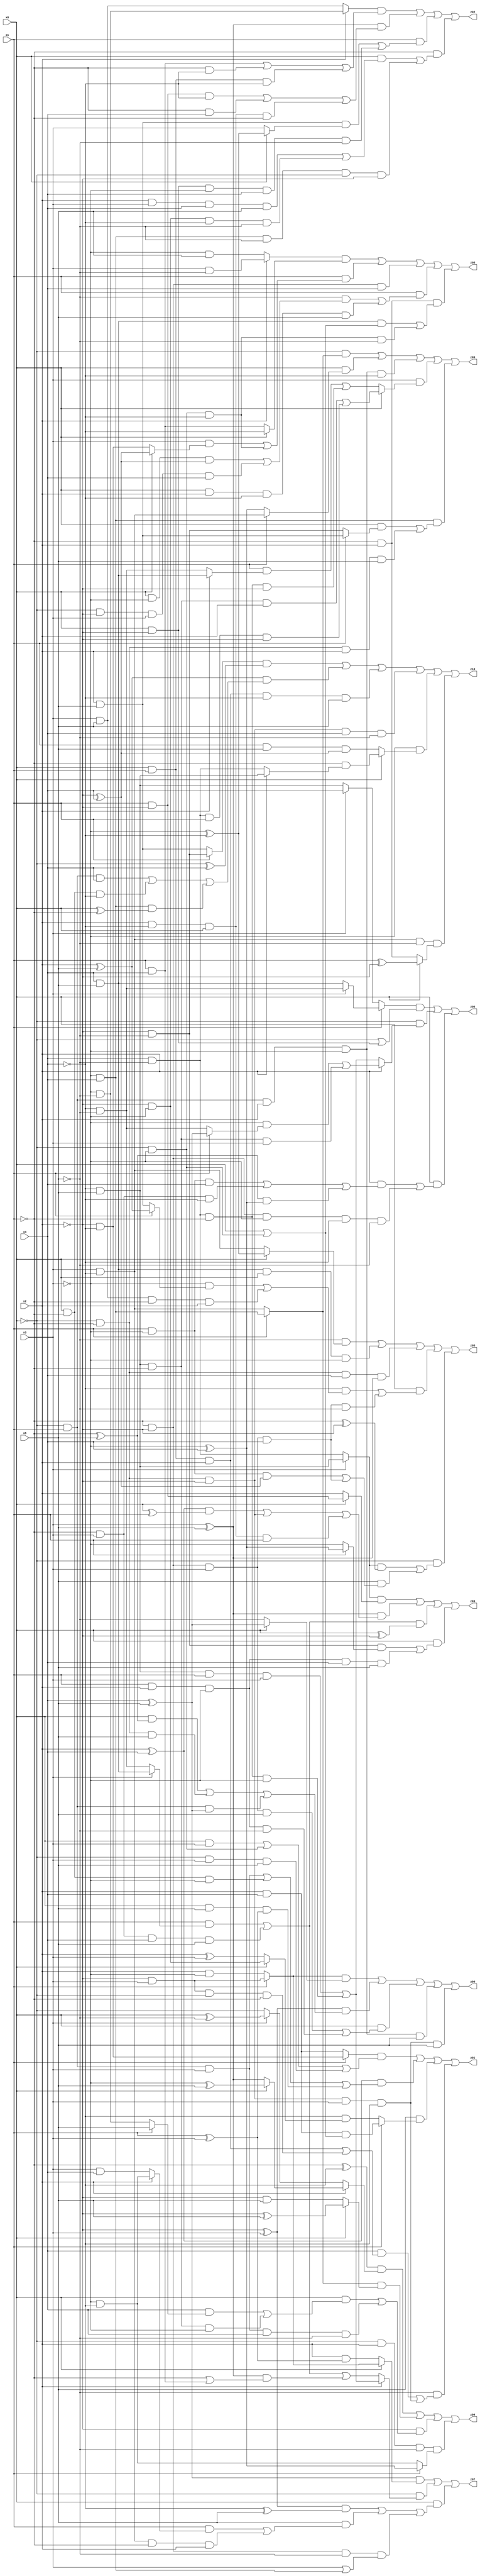
// Benchmark "X_19" written by ABC on Sat Jun 03 19:20:23 2023

module X_19 ( 
    x0, x1, x2, x3, x4, x5,
    z00, z01, z02, z03, z04, z05, z06, z07, z08, z09, z10  );
  input  x0, x1, x2, x3, x4, x5;
  output z00, z01, z02, z03, z04, z05, z06, z07, z08, z09, z10;
  assign z00 = ((x1 ? (~x2 & x3) : (x2 & ~x3)) & (x0 ? (x4 ^ x5) : ~x5)) | ((~x2 ^ x3) & ((x0 & (~x1 ^ x5)) | (~x0 & ~x1 & x5) | (~x0 & x1 & (x4 ^ x5)))) | (x0 & ((~x1 & ~x2 & x3 & x5) | (x1 & x2 & ~x3 & ~x5))) | (~x0 & x1 & x2 & ~x3 & x5) | (~x0 & ~x1 & ~x2 & x3 & ~x4 & x5);
  assign z01 = ((x1 ? (~x2 & ~x4) : (x2 & x4)) & ((x0 & x3) | (~x0 & ~x3) | (~x0 & x3 & x5))) | ((x2 ^ x4) & ((~x0 & x1 & x3) | (x0 & ~x1 & ~x3) | (x0 & x5 & (x1 ^ x3)))) | (x5 & (x1 ? (x2 & x4 & (x0 | (~x0 & ~x3))) : (~x4 & (x0 ? (~x2 & ~x3) : (x2 ^ x3))))) | (~x5 & ((x4 & ((x0 & x1 & x2) | (~x2 & x3 & ~x0 & ~x1))) | (~x0 & ~x1 & ~x2 & x3 & ~x4)));
  assign z02 = ((x2 ? (~x3 & ~x5) : (x3 & x5)) & ((x1 & x4) | (~x1 & ~x4) | (x0 & x1 & ~x4))) | ((x3 ^ x5) & ((x1 & ~x2 & ~x4) | (~x1 & x4) | (x2 & ~x4 & x0 & ~x1))) | (x1 & ((x2 & x5 & (x0 ? (~x3 ^ ~x4) : x3)) | (x0 & ~x2 & ~x3 & x4 & ~x5))) | (~x1 & ((x0 & ((x2 & x3 & x4 & x5) | (~x2 & ~x3 & ~x4 & ~x5))) | (~x3 & x4 & ~x5 & ~x0 & ~x2)));
  assign z03 = ((x3 ? (~x4 & x5) : (x4 & ~x5)) & (x0 ? (x1 & ~x2) : x2)) | ((x3 ^ x5) & (((x2 ^ x4) & (x0 ^ x1)) | (~x0 & ~x1 & ~x2) | (x2 & ~x4 & x0 & x1))) | (((x1 & (x3 ? (x4 & x5) : (~x4 & ~x5))) | (~x1 & x3 & x4 & x5)) & (x0 ^ ~x2)) | (x0 & ((~x2 & ~x5 & (x1 ? (~x3 ^ x4) : ~x3)) | (x1 & x2 & ~x3 & x4 & x5)));
  assign z04 = ((~x1 ^ ~x4) & (x2 ? (x0 ? (~x3 ^ x5) : (x3 ^ x5)) : (x3 ? (x0 ^ ~x5) : ~x0))) | ((x1 ? (~x3 & x4) : (x3 & ~x4)) & (x0 ? (~x2 ^ x5) : (~x2 & x5))) | (~x2 & ((x0 & ((x4 & (x1 ? x5 : (~x3 & ~x5))) | (~x4 & x5 & ~x1 & ~x3))) | (~x0 & x1 & x3 & x4 & ~x5))) | (~x0 & x2 & ~x5 & (x1 ? (~x3 ^ x4) : (~x3 & ~x4)));
  assign z05 = (~x5 & (x0 ? (~x3 ^ ~x4) : (x3 & ~x4))) | (x4 & x5 & x0 & ~x3) | (~x0 & ~x1 & x4 & (x3 ^ x5)) | (x0 & ((~x4 & ((~x3 & (x1 ? (x2 ^ x5) : (x2 & x5))) | (x3 & x5 & ~x1 & x2))) | (~x1 & ~x2 & x3 & x4 & ~x5))) | (~x0 & (((x3 ? (~x4 & x5) : (x4 & ~x5)) & (~x1 ^ ~x2)) | (x5 & ((x1 & ~x3 & (~x2 ^ x4)) | (~x1 & ~x2 & x3 & x4)))));
  assign z06 = ((x1 ? (x3 ? (~x4 & ~x5) : (x4 & x5)) : (x3 ? x4 : (~x4 & x5))) & (~x0 | (x0 & ~x2))) | (~x0 & (x2 ? ((~x3 & (x1 ? (x4 ^ x5) : (~x4 & ~x5))) | (~x4 & x5 & ~x1 & x3)) : ((~x4 & x5 & x1 & x3) | (x4 & ~x5 & ~x1 & ~x3)))) | (x0 & ((x2 & ((x1 & ~x3 & x4) | (~x1 & x3 & ~x4) | ((~x1 ^ x5) & (~x3 ^ x4)))) | (~x1 & ~x2 & ~x3 & ~x4 & ~x5)));
  assign z07 = ((x4 ^ x5) & (x0 ? (x1 ? (~x2 & x3) : (x2 & ~x3)) : (x2 & (x1 ^ x3)))) | (~x0 & (x2 ? ((~x4 & x5 & x1 & x3) | (x4 & ~x5 & ~x1 & ~x3)) : ((x1 & (x3 ? (x4 & x5) : (~x4 & ~x5))) | (~x1 & x3 & x4 & x5) | ((x3 ^ x5) & (~x1 | (x1 & x4)))))) | (x0 & (((~x2 ^ x3) & (~x4 ^ x5)) | (x5 & ((x1 & (x2 ? (~x3 & ~x4) : (x3 & x4))) | (x3 & ~x4 & ~x1 & x2))) | (~x1 & ~x2 & ~x5 & (x3 | (~x3 & x4)))));
  assign z08 = ((x2 ? (x3 & ~x5) : (~x3 & x5)) & (x0 ? ~x4 : (x1 & x4))) | (x1 & ((x3 & (x0 ? (~x2 ^ x4) : (~x2 & ~x4))) | (~x0 & ~x3 & ~x4))) | (~x1 & ~x2 & x4) | (x1 & ((~x5 & ((x0 & ~x3 & (~x2 ^ x4)) | (~x0 & ~x2 & x3 & x4))) | (x0 & x2 & ~x4 & x5))) | (~x1 & x2 & ((x4 & x5 & (x0 | (~x0 & ~x3))) | (~x0 & ~x3 & ~x4 & ~x5)));
  assign z09 = (~x0 & (x1 ? (~x3 & x4) : (x3 & ~x4))) | (x0 & (x1 ? (x3 & ~x4) : (~x3 ^ x4))) | (~x0 & x1 & x2 & ~x3 & ~x4) | (x3 & (x0 ? ((~x4 & x5 & ~x1 & x2) | (x4 & ~x5 & x1 & ~x2)) : ((x1 & (x2 ? (x4 & x5) : (~x4 & ~x5))) | (x4 & ~x5 & ~x1 & ~x2)))) | (~x3 & x4 & ((x0 & (x1 ? (x2 & x5) : (~x2 & ~x5))) | (~x0 & ~x1 & x2 & x5)));
  assign z10 = ((x1 ? (~x2 & ~x5) : (x2 & x5)) & (~x0 ^ x4)) | ((x2 ^ x5) & ((~x0 & x1 & x4) | (x0 & ~x1 & ~x4) | (~x3 & x4 & (x0 ^ ~x1)))) | (x0 & x1 & x2 & ~x4 & x5) | (~x0 & ~x1 & ~x2 & x4 & ~x5) | (~x3 & (x0 ? (~x1 & (x2 ? (~x4 & x5) : (x4 & ~x5))) : (x1 & x5 & (~x2 ^ x4)))) | (x3 & ~x4 & ~x5 & (x0 ? (x1 ^ ~x2) : (~x1 & x2)));
endmodule